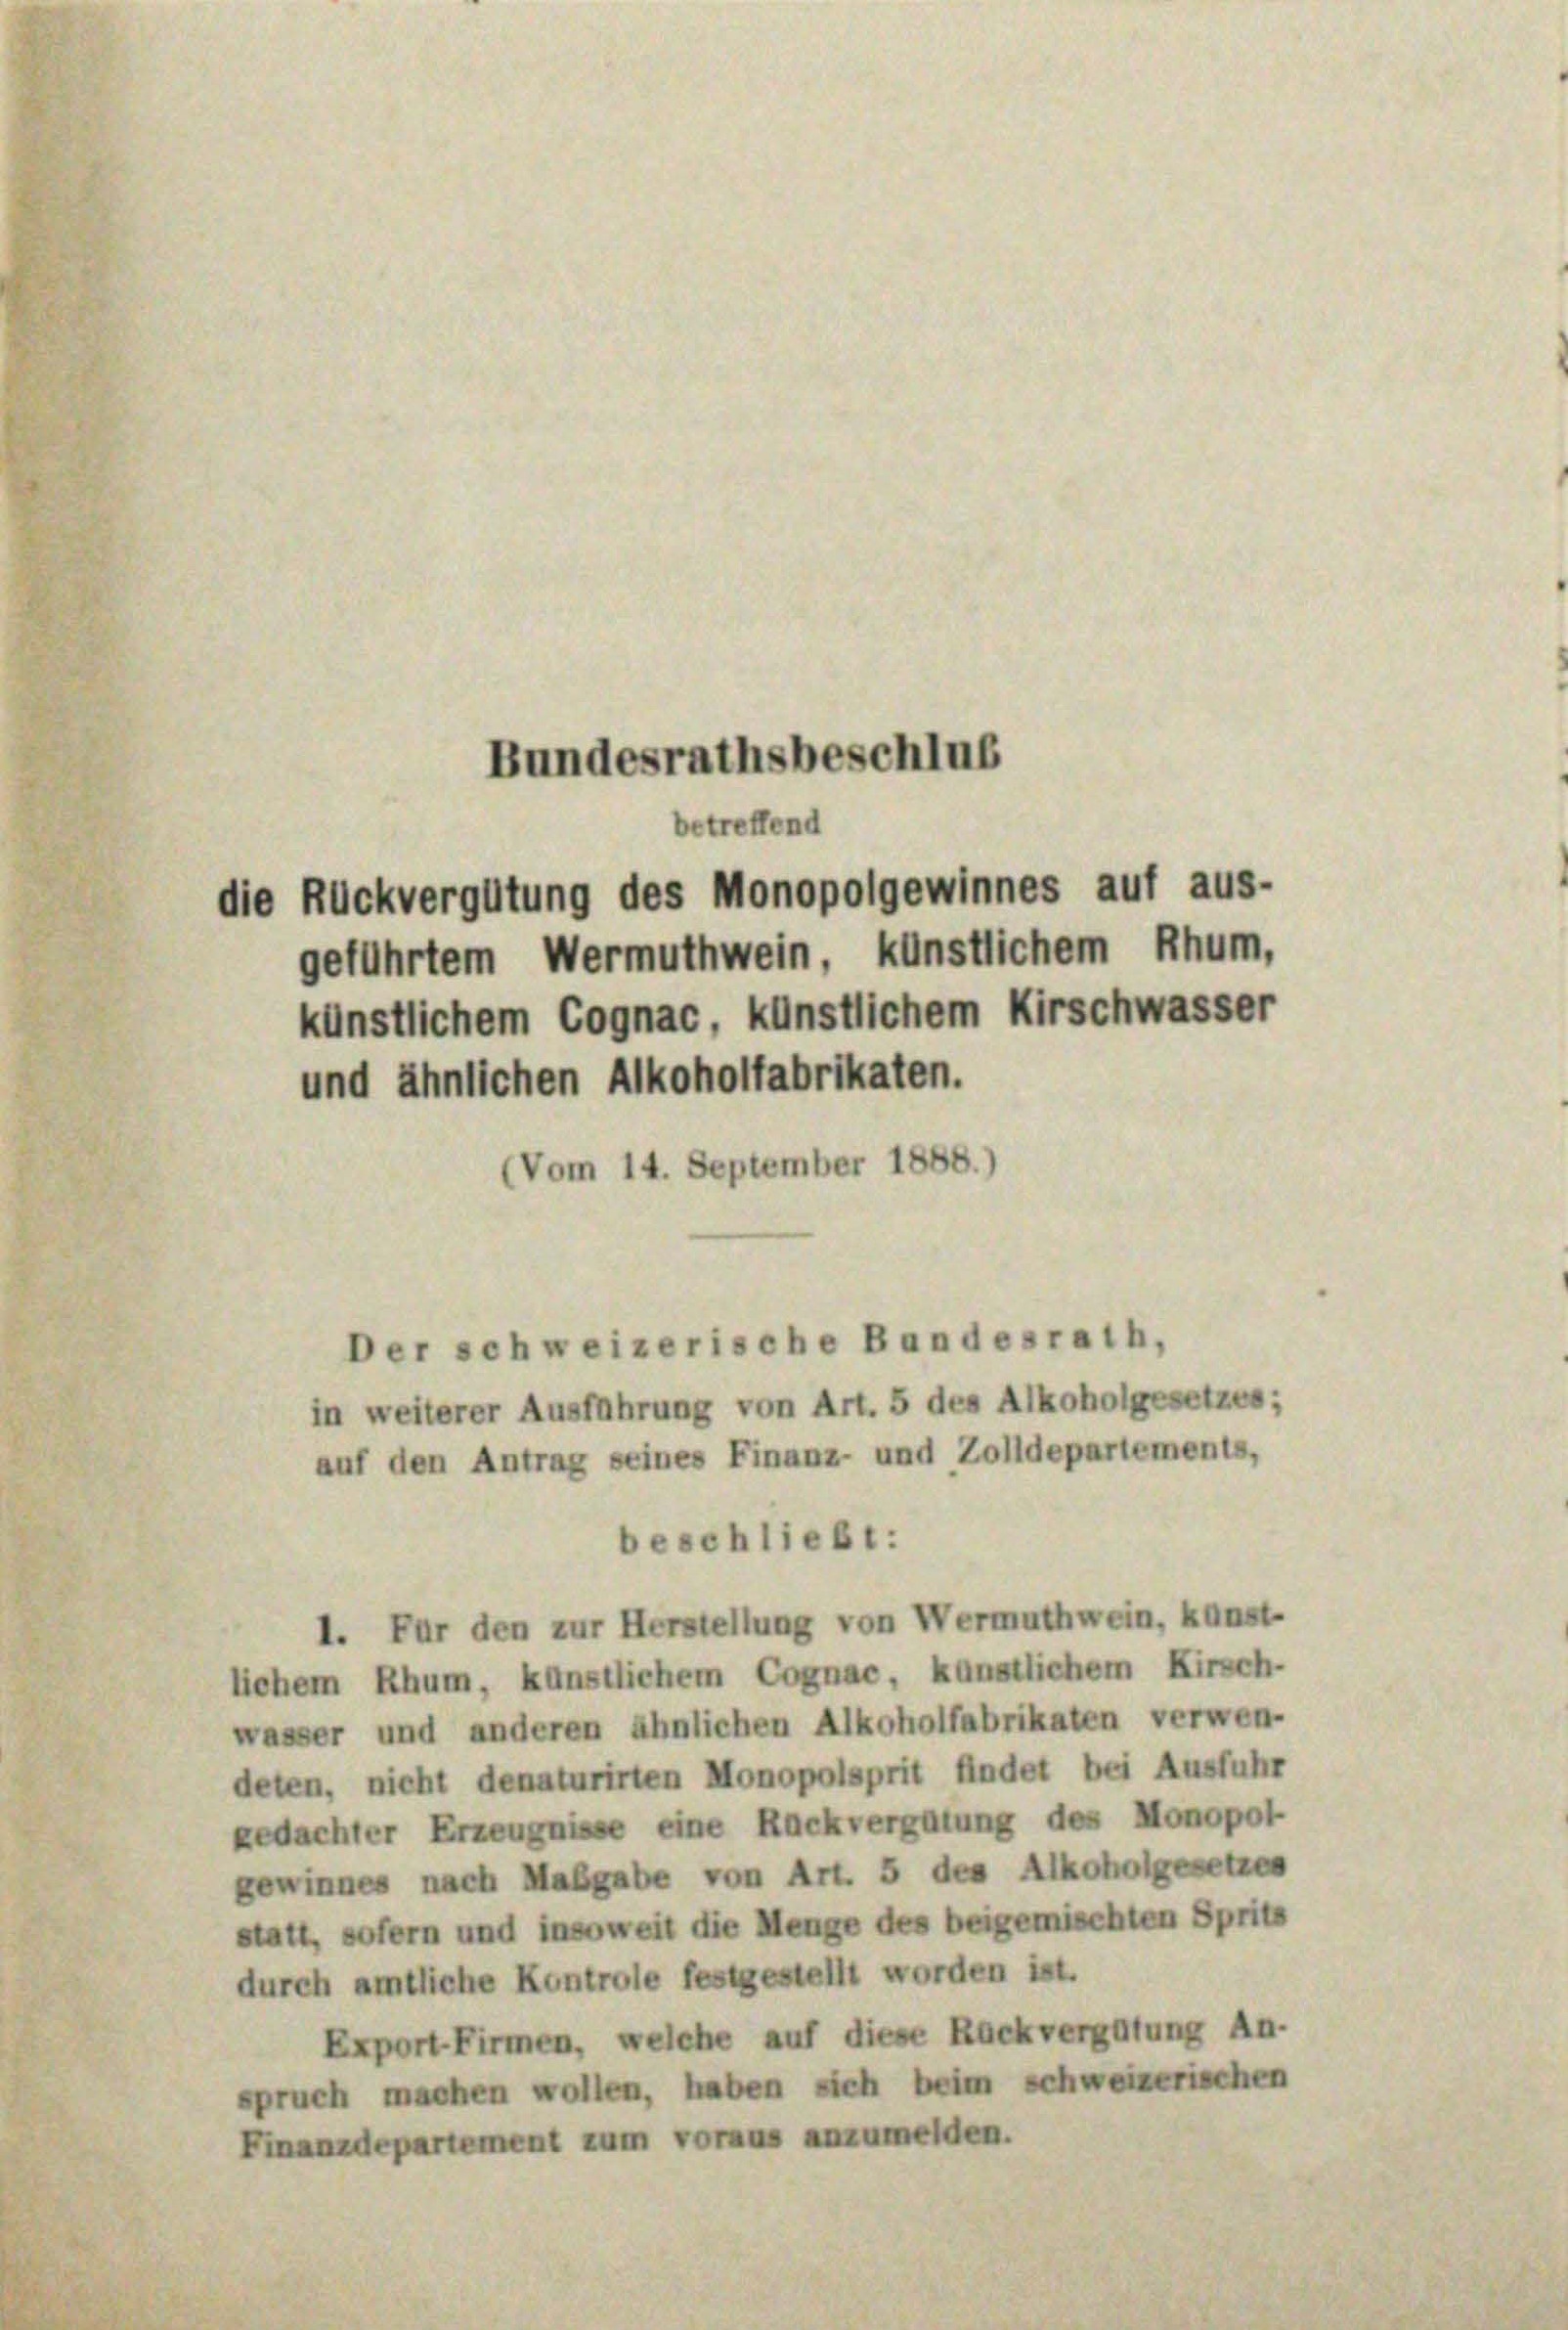
betreffend
die Rückvergütung des Monopolgewinnes auf aus-

Bundesrathsbeschlus

geführtem Wermuthwein, künstlichem Rhum,
künstlichem Cognac, künstlichem Kirschwasser
und ähnlichen Alkoholfabrikaten.
(Vom 14. September 1888.)
Der schweizerische Bundesrath,
in weiterer Ausführung von Art. 5 des Alkoholgesetzes;
auf den Antrag seines Finanz- und Zolldepartements,

beschließt:
I. Für den zur Herstellung von Wermuthwein, kunst-
lichem Rhum, künstlichem Cognae, künstlichem Kirsch-
wasser und anderen ähnlichen Alkoholfabrikaten verwen-
deten, nicht denaturirten Monopolsprit findet bei Ausfuhr
gedachter Erzeugnisse eine Rückvergütung des Monopol
gewinnes nach Maßgabe von Art. 5 des Alkoholgesetzes
statt, sofern und insoweit die Menge des beigemischten Spritz
durch amtliche Kontrole festgestellt worden ist.
Export Firmen, welche auf diese Rückvergütung An-
spruch machen wollen, haben sich beim schweizerischen
Finanzdepartement zum voraus anzumelden.